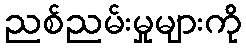
ညစ်ညမ်းမှုများကို